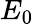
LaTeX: E_{0}